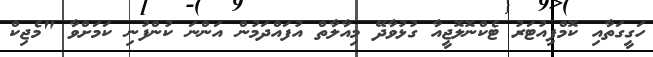
ހަގީގަތާއި ކޮމްޕިއުޓަރު ޓެކްނޮލޮޖީއާ ގުޅުވާދޭ މިއާލާތް އުފައްދަމުން އަންނަ ކުންފުނި ކަމަށްވާ "މެޖިކް